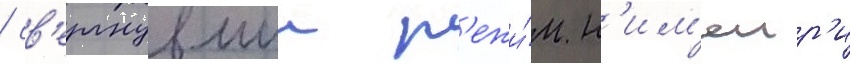
/ св'ергнувшии р'ежи́м н'им'еир'и